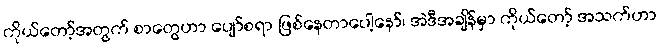
ကိုယ်တော့်အတွက် စာတွေဟာ ပျော်စရာ ဖြစ်နေတာပေါ့နော်၊ အဲဒီအချိန်မှာ ကိုယ်တော့် အသက်ဟာ